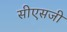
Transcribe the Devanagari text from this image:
सीएसजी